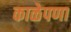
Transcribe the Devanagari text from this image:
काळेपणा